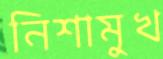
নিশামুখ